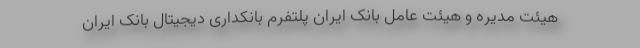
هیئت مدیره و هیئت عامل بانک ایران پلتفرم بانکداری دیجیتال بانک ایران